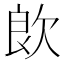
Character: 欴